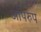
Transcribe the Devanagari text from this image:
आपरुप